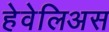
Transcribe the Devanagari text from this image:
हेवेलिअस